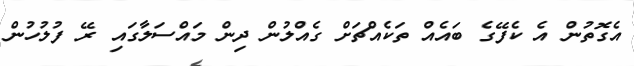
އެގޮތުން އެ ކެފޭގެ ބައެއް ތަކެއްޗަށް ގެއްލުން ދިން މައްސަލާގައި ރޭ ފުލުހުން